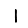
Digit: 1